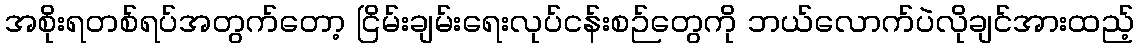
အစိုးရတစ်ရပ်အတွက်တော့ ငြိမ်းချမ်းရေးလုပ်ငန်းစဉ်တွေကို ဘယ်လောက်ပဲလိုချင်အားထည့်